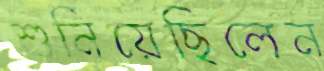
শুনিয়েছিলেন